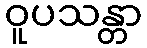
ဝူပသန္တာ